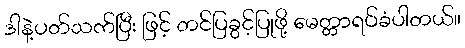
ဒါနဲ့ပတ်သက်ပြီး ဖြင့် တင်ပြခွင့်ပြုဖို့ မေတ္တာရပ်ခံပါတယ်။